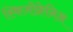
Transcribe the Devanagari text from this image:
स्किज़ोफ्रेनिअ